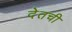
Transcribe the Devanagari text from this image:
देतची